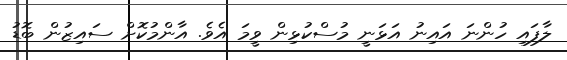
ލާފައި ހުންނަ އައިނު އަޅަނީ މުސްކުޅިން ވީމަ އެވެ. އާންމުކޮށް ސައިޒުން ބޮޑު